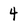
Character: 4